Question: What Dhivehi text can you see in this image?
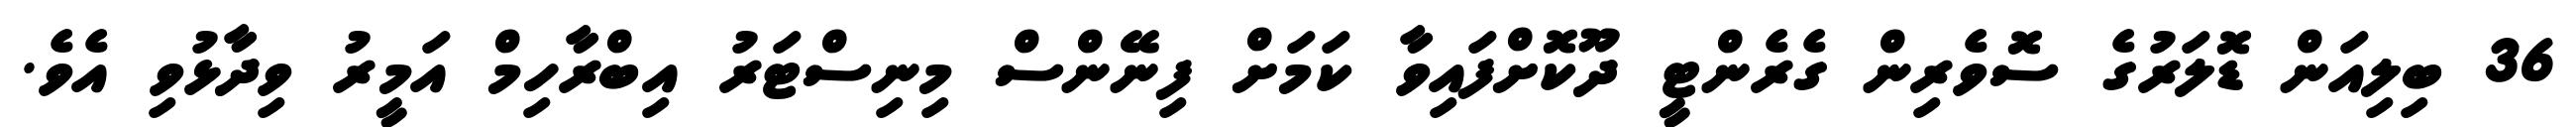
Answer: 36 ބިލިއަން ޑޮލަރުގެ ސޮވެރިން ގެރެންޓީ ދޫކޮށްފައިވާ ކަމަށް ފިނޭންސް މިނިސްޓަރު އިބްރާހިމް އަމީރު ވިދާޅުވި އެވެ.